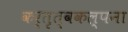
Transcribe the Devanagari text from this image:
कर्तृत्वकल्पना